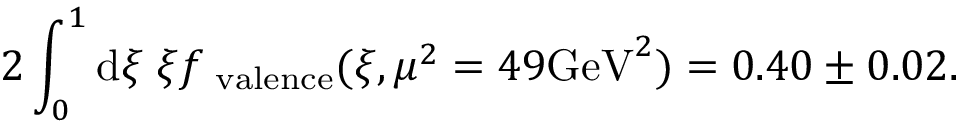
2 \int _ { 0 } ^ { 1 } \mathrm { d } \xi \; \xi f _ { \mathrm { \scriptsize ~ v a l e n c e } } ( \xi , \mu ^ { 2 } = 4 9 \mathrm { G e V } ^ { 2 } ) = 0 . 4 0 \pm 0 . 0 2 .